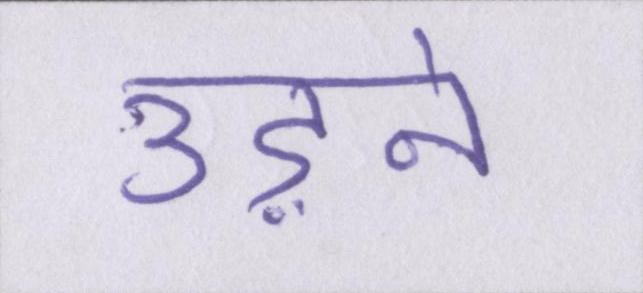
उड़ने